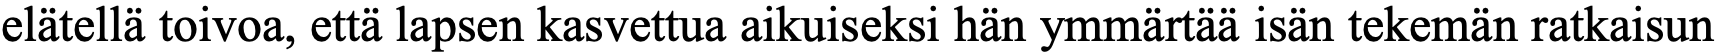
elätellä toivoa, että lapsen kasvettua aikuiseksi hän ymmärtää isän tekemän ratkaisun